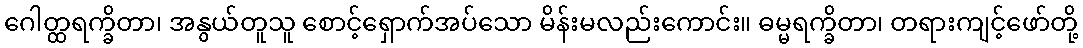
ဂေါတ္ထရက္ခိတာ၊ အနွယ်တူသူ စောင့်ရှောက်အပ်သော မိန်းမလည်းကောင်း။ ဓမ္မရက္ခိတာ၊ တရားကျင့်ဖော်တို့